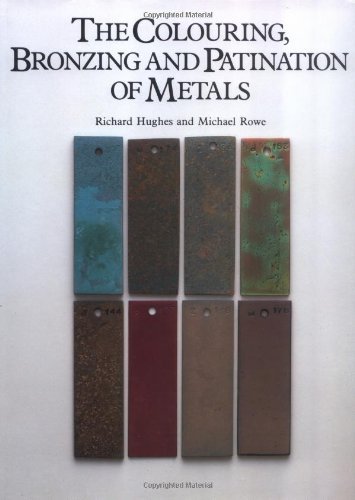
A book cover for The Colouring, Bronzing and Patination of Metals; Richard Hughes; Crafts, Hobbies & Home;